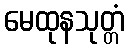
မေထုနသုတ္တံ